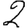
Digit: 2